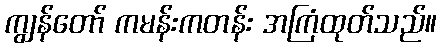
ကျွန်တော် ကမန်းကတန်း အကြံထုတ်သည်။